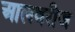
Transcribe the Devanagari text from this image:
आलवरीज